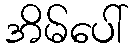
အိမ်ပေါ်